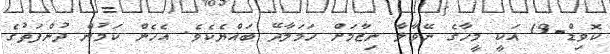
ކޮވިޑް-19 އަކީ މީހާގެ ނޭވާލާ ނިޒާމަށް ހަމަލާދޭ ބައްޔެކެވެ. އެހެން ކަމުން ދުންފަތުގެ